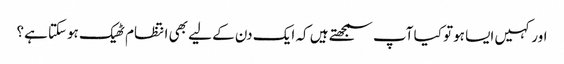
اور کہیں ایسا ہوتو کیا آپ سمجھتے ہیں کہ ایک دن کے لیے بھی انتظام ٹھیک ہوسکتا ہے؟